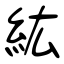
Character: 紘